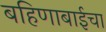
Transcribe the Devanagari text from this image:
बहिणाबाईचा